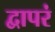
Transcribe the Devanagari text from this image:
द्वापरं